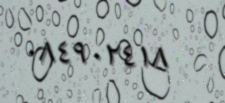
٠٨٤٩٠٢٤١٨